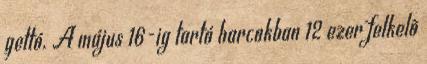
gettó. A május 16-ig tartó harcokban 12 ezer felkelõ